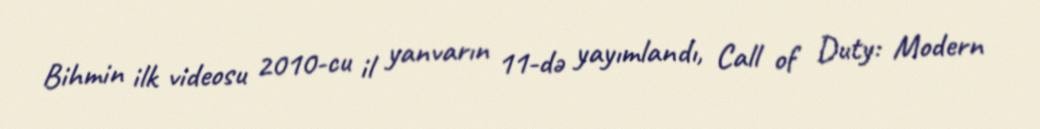
Bihmin ilk videosu 2010-cu il yanvarın 11-də yayımlandı, Call of Duty: Modern